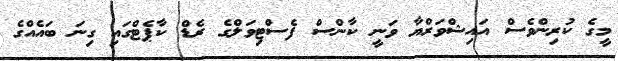
މީގެ ކުރިންވެސް އައިޝްވަރްޔާ ވަނީ ކާންސް ފެސްޓިވަލްގެ ރެޑް ކާޕެޓްގައި ގިނަ ބައެއްގެ